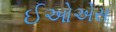
ઈઓએસ